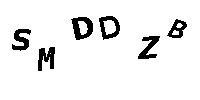
SMDDZB